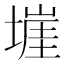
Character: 𭏡